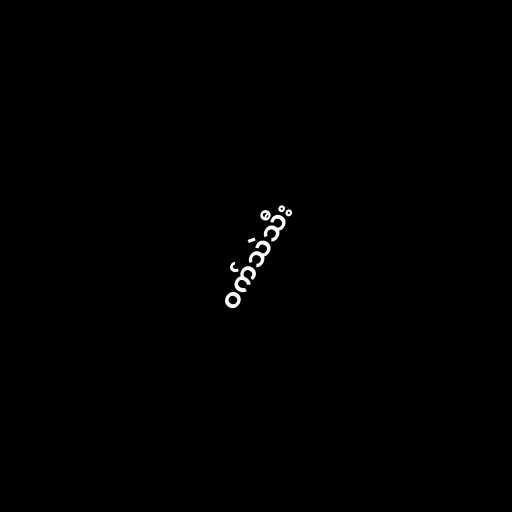
ဝက်သဲသီး